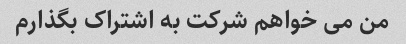
من می خواهم شرکت به اشتراک بگذارم